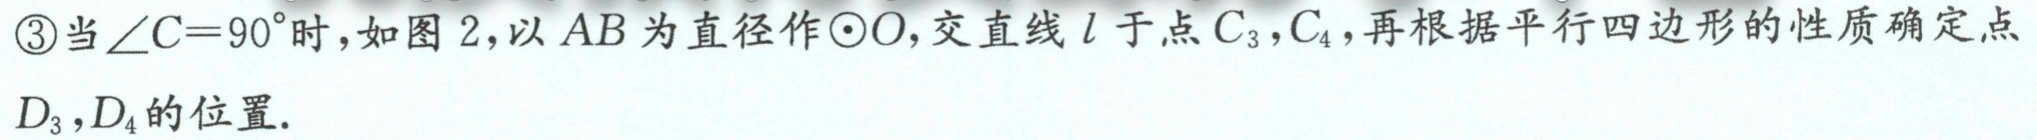
\textcircled{3}当\(\angle C = 90^{\circ}\)时，如图 \(2\)，以 \(AB\) 为直径作\(\odot O\)，交直线 \(l\) 于点 \(C_{3},C_{4}\)，再根据平行四边形的性质确定点\(D_{3},D_{4}\)的位置.